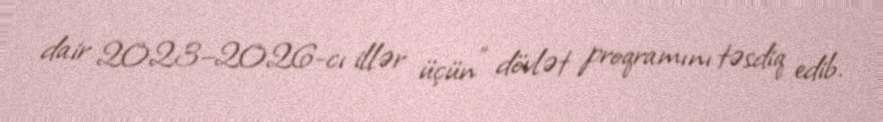
dair 2023–2026-cı illər üçün” dövlət proqramını təsdiq edib.